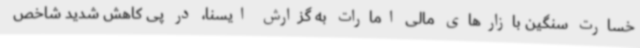
خسارت سنگین بازارهای مالی امارات به گزارش ایسنا، در پی کاهش شدید شاخص